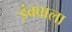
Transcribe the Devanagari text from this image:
इंक्वाला